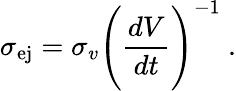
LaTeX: \sigma_{\mathrm{ej}}=\sigma_{v}\Bigg(\frac{dV}{dt}\Bigg)^{-1}~.